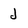
Character: J